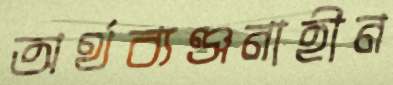
অর্থব্যঞ্জনাহীন